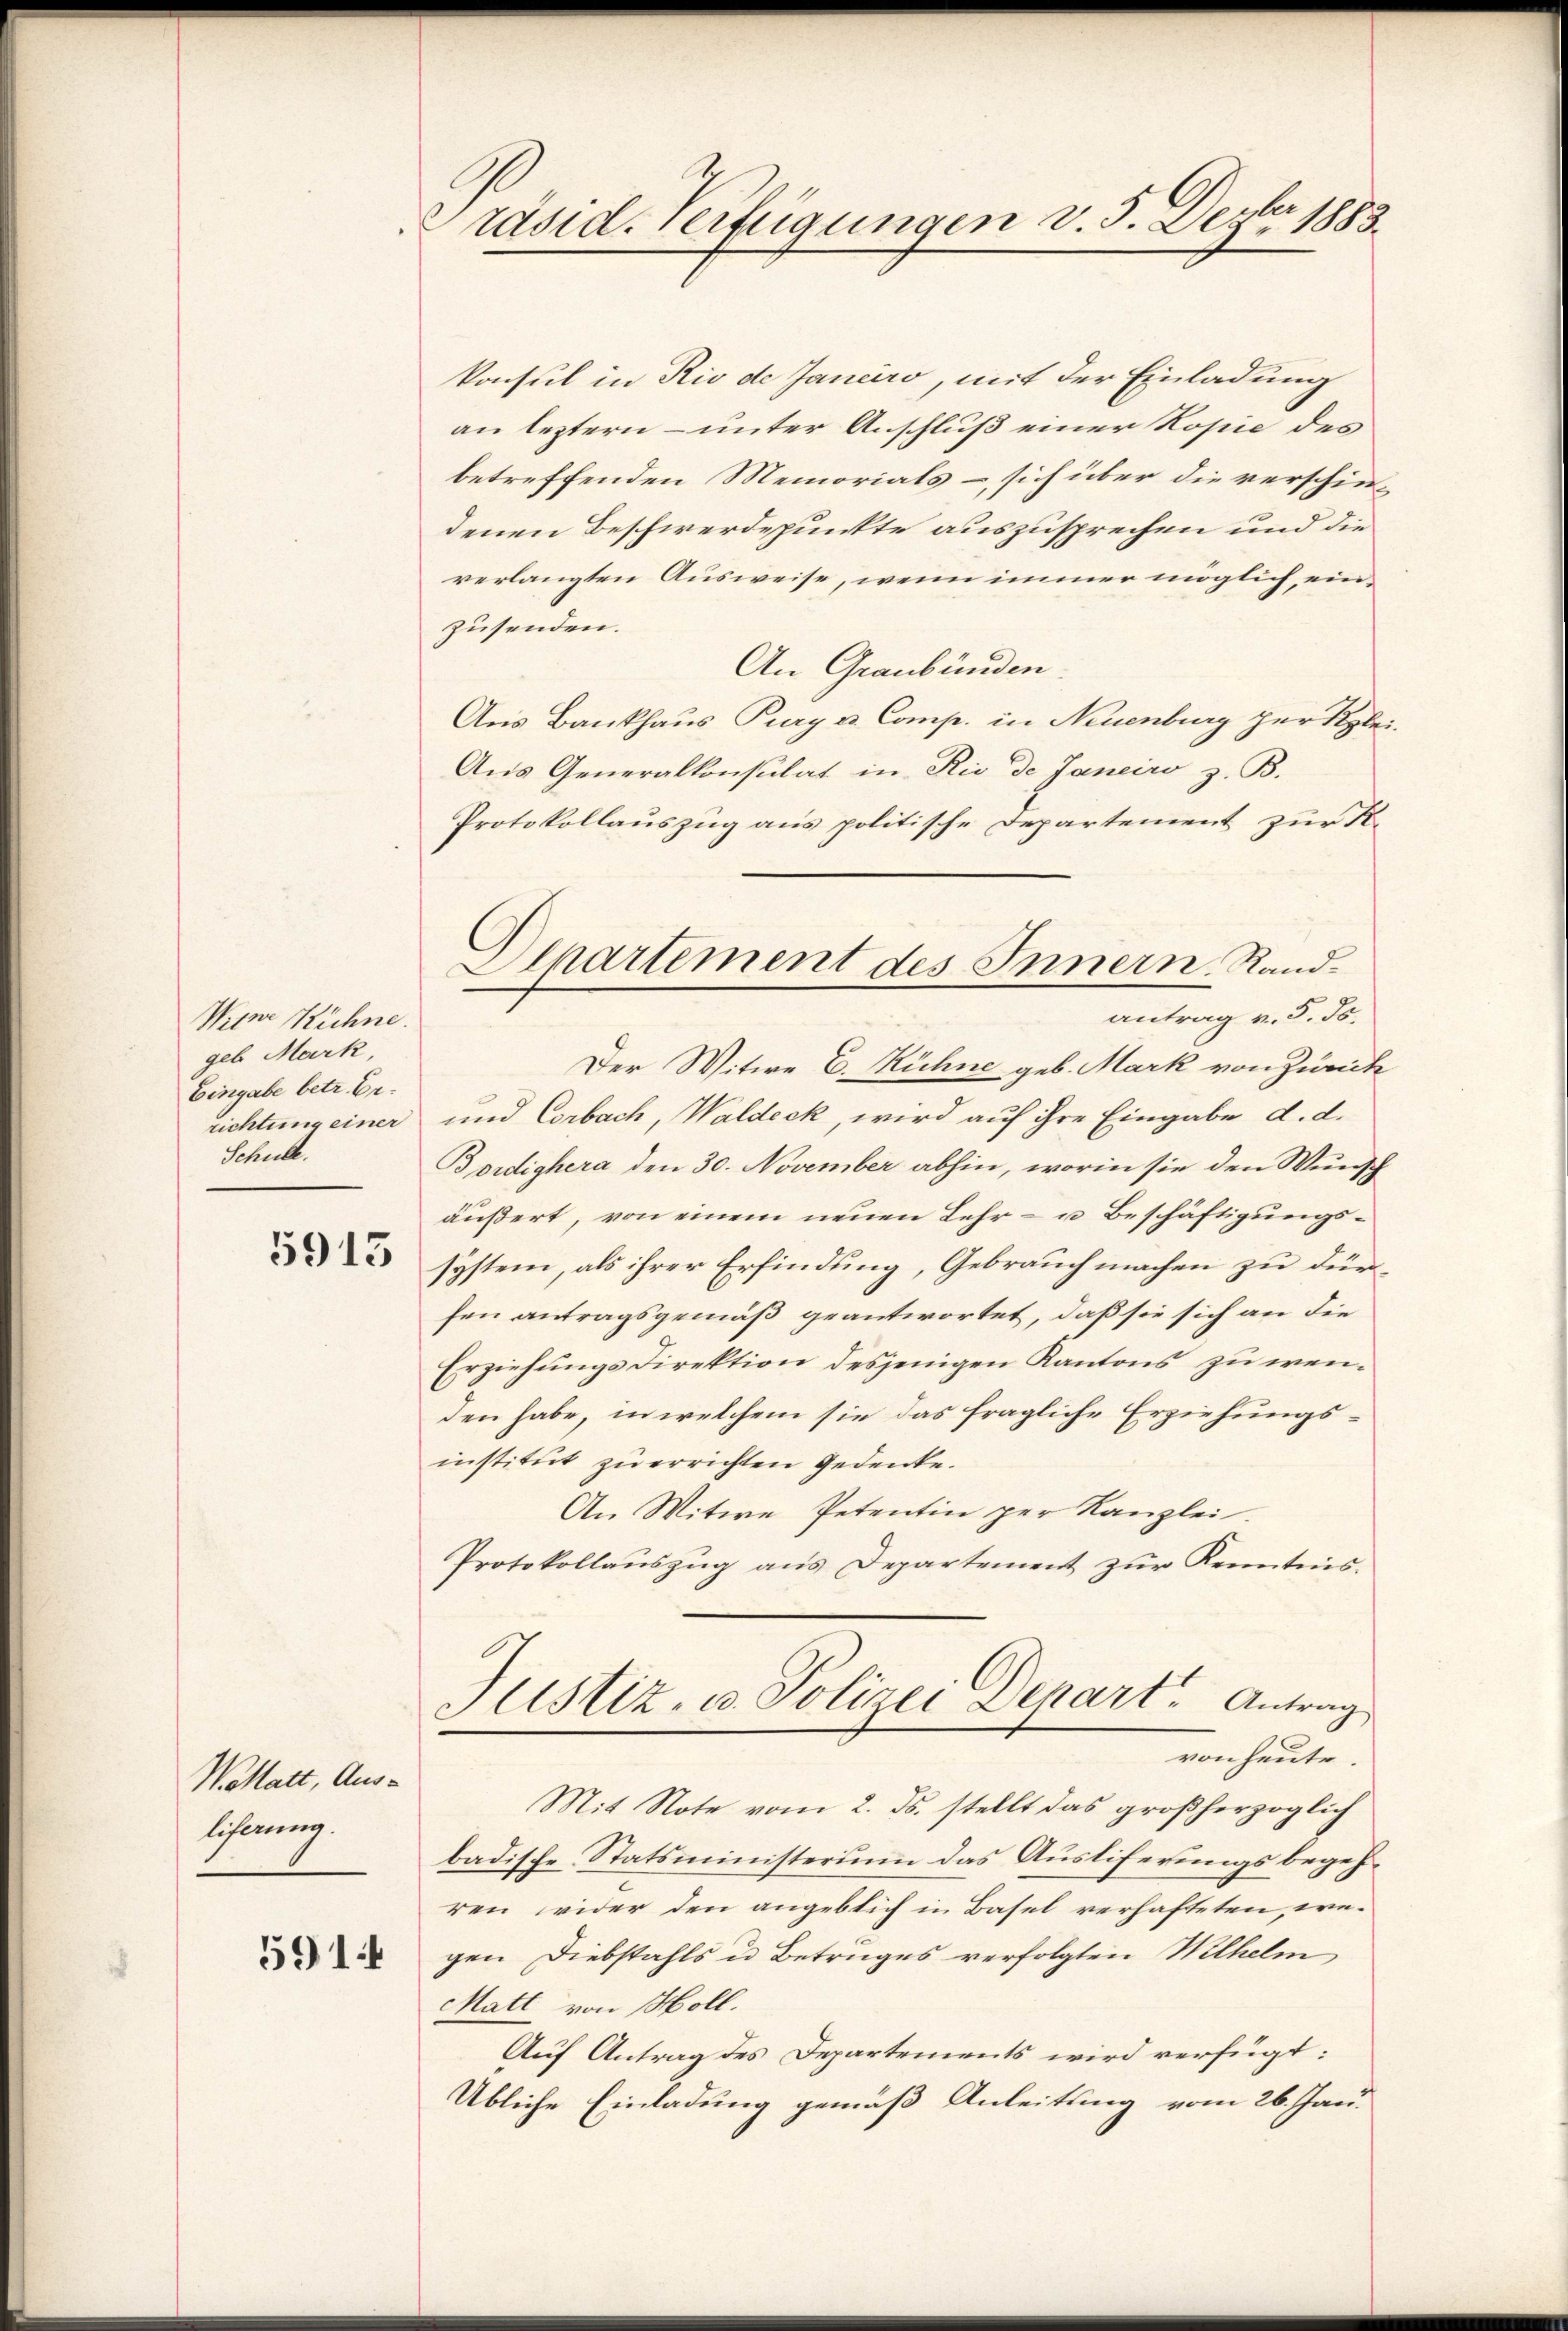
Witer Kühne.
geb Mark,
Eingabe betr. Errichtung einer
Schule.

5913

Wollatt, Aus-
liferung.
591

Präsid. Verfügungen v. 5. Dezer 1883.

konsul in Rio de Janaro, mit der Einladung
an leztern – unter Anschluß einer Kopie des
betreffenden Memorials – sich über die verschiedenen Beschwerdepunkte auszusprechen und die
verlangten Ausweise, wenn immer möglich, einzusenden.
An Graubünden.
Aus Bankhaus Purg v. Comp. in Neuenburg zur Ryle¬
Aus Generalkonsulat in Rio de Janeiro z. B.
Protokollauszug aus politische Departement zur K.
Der Witwe E. Rühne geb. Mark von Zürich
und Corbach, Waldeck, wird auf ihre Eingabe d. d.
Bordighera den 30. November abhin, worin sie den Wunsch
äußert, von einem neuen Lehr- u Beschäftigungssystem, als ihrer Erfindung, Gebrauch machen zu dürfen antragsgemäß geantwortet, daß sie sich an die
Erziehungsdirektion desjenigen Kantons zu wenden habe, in welchem sie das fragliche Erziehungsinstitut zu errichten Gedenke.
An Witwe Petentin per Kanzlei.
Protokollaŭszŭg ans Departement zŭr Kenntnis.
Justiz- u. Polizei Depart. Antrag
von heute.
Mit Note vom 2. ds. stellt das großherzoglich
badische Statsministerium das Ausliferungsbegehren wider den angeblich in Basel verhafteten, wegen Diebstahls u. Betruges verfolgten Wilhelm
Matt von Holl.
Auf Antrag des Departements wird verfügt:
Übliche Einladung gemäß Anleitung vom 26. Jan.

Alhartement des Innern, Randantrag v. 5. ds.